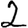
Digit: 2